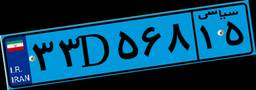
۳۶D۷۰۰۱۴